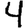
Digit: 4